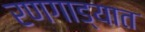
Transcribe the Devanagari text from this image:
रणगाड्यात